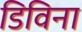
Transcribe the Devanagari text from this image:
डिविना